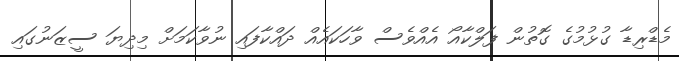
މެޑްރިޑާ ގުޅުމުގެ ގޮތުން ފަލްކާއޯ އެއްވެސް ވާހަކައެއް ދައްކާފައި ނުވާކަމަށް މިދިޔަ ސީޒަނުގައި